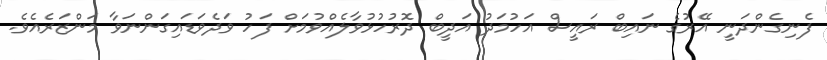
ފެނިގެންދަނީ އޭރުގެ ނައިބް ރައީސް އަހުމަދު އަދީބް ދޮރުހުޅުވާލެއްވުމަށް ފަހު ވަދެވަޑައިގަންނަވާ މަންޒަރެއެވެ.